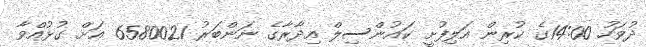
ދުވަހު 14:00ގެ ކުރިން އަލިފުށީ ކައުންސިލް އިދާރާގެ ނަންބަރު 6580021 އަށް ގުޅުއްވާ